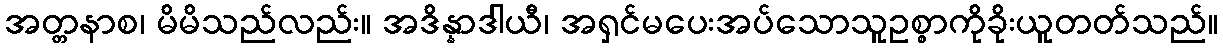
အတ္တနာစ၊ မိမိသည်လည်း။ အဒိန္နာဒါယီ၊ အရှင်မပေးအပ်သောသူဥစ္စာကိုခိုးယူတတ်သည်။